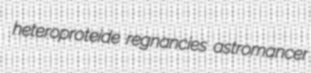
heteroproteide regnancies astromancer